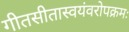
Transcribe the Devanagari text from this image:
गीतसीतास्वयंवरोपक्रमः